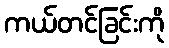
ကယ်တင်ခြင်းကို